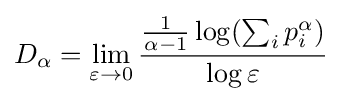
D_{\alpha }=\lim _{\varepsilon \to 0}{\frac {{\frac {1}{\alpha -1}}\log(\sum _{i}p_{i}^{\alpha })}{\log \varepsilon }}